Sketch of the medical history of the native army of Bombay, for the year
Year: 1875
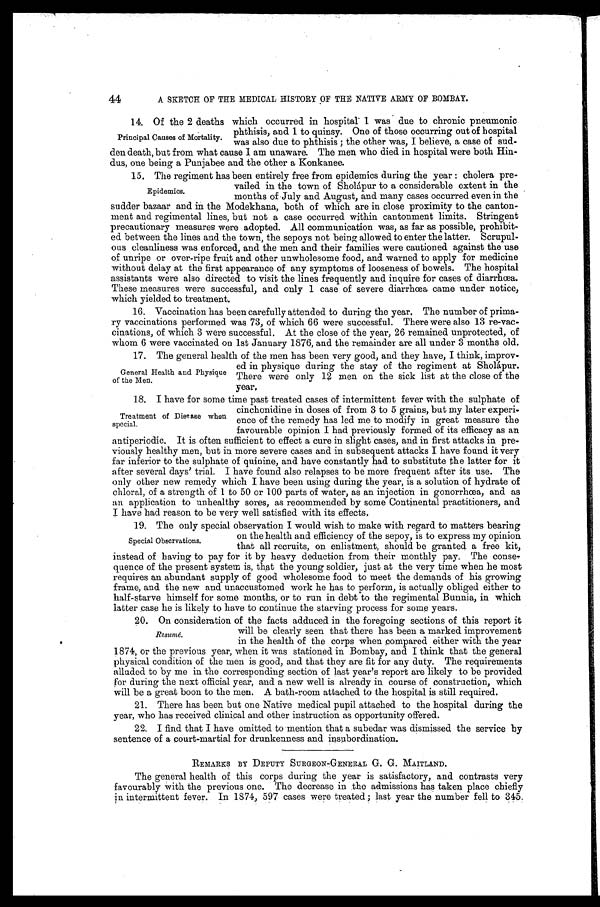
44
A SKETCH OF THE MEDICAL HISTORY OF THE NATIVE ARMY OF BOMBAY.
14. Of the 2 deaths which occurred in hospital 1 was due to chronic pneumonic.
phthisis, and 1 to quinsy. One of those occurring out of hospital
was also due to phthisis ; the other was, I believe, a case of sud
-den death, but from what cause I am unaware. The men who died in hospital were both Hin-
dus, one being a Punjabee and the other a Konkanee.
15. The regiment has been entirely free from epidemics during the year : cholera pre
-vailed in the town of Sholápur to a considerable extent in the
months of July and August, and many cases occurred even in the
sadder bazaar and in the Modekhana, both of which are in close proximity to the canton
-ment and regimental lines, but not a case occurred within cantonment limits. Stringent
precautionary measures were adopted. All communication was, as far as possible, prohibit
-ed between the lines and the town, the sepoys not being allowed to enter the latter. Scrupul-
ous cleanliness was enforced, and the men and their families were cautioned against the use
of unripe or over-ripe fruit and other unwholesome food, and warned to apply for medicine
without delay at the first appearance of any symptoms of looseness of bowels. The hospital
assistants were also directed to visit the lines frequently and inquire for cases of diarrhœa.
These measures were successful, and only 1 case of severe diarrhœa came under notice,
which yielded to treatment.
16. Vaccination has been carefully attended to during the year, The number of prima-
ry vaccinations performed was 73, of which 66 were successful. There were also 13 re-vac-
cinations, of which 3 were successful. At the close of the year, 26 remained unprotected, of
whom 6 were vaccinated on 1st January 1876, and the remainder are all under 3 months old.
17. The general health of the men has been very good, and they have, I think, improv-
ed in physique during the stay of the regiment at Sholápur.
There were only 12 men on the sick list at the close of the
year.
18. I have for some time past treated cases of intermittent fever with the sulphate of
cinchonidine in doses of from 3 to 5 grains, but my later experi
-ence of the remedy has led me to modify in great measure the
favourable opinion I had previously formed of its efficacy as an
antiperiodic. It is often sufficient to effect a cure in slight cases, and in first attacks in pre
- v i o u s l y h e a l t h y m e n , b u t i n m o r e s e v e r e c a s e s a n d i n s u b s e q u e n t a t t a c k s I h a v e f o u n d i t v e r y
far inferior to the sulphate of quinine, and have constantly had to substitute the latter for it
after several days' trial. I have found also relapses to be more frequent after its use. The
only other new remedy which I have been using during the year, is a solution of hydrate of
chloral, of a strength of 1 to 50 or 100 parts of water, as an injection in gonorrhœa, and as
an application to unhealthy sores, as recommended by some Continental practitioners, and
I have had reason to be very well satisfied with its effects.
19. The only special observation I would wish to make with regard to matters bearing
on the health and efficiency of the sepoy, is to express my opinion
that all recruits, on enlistment, should be granted a free kit,
instead of having to pay for it by heavy deduction from their monthly pay. The conse-
quence of the present system is, that the young soldier, just at the very time when he most
requires an abundant supply of good wholesome food to meet the demands of his growing
frame, and the new and unaccustomed work he has to perform, is actually obliged either to
half-starve himself for some months, or to run in debt to the regimental Bunnia, in which
latter case he is likely to have to continue the starving process for some years.
20. On consideration of the facts adduced in the foregoing sections of this report it
will be clearly seen that there has been a marked improvement
in the health of the corps when compared either with the year
1874, or the previous year, when it was stationed in Bombay, and I think that the general
physical condition of the men is good, and that they are fit for any duty. The requirements
alluded to by me in the corresponding section of last year's report are likely to be provided
or during the next official year, and a new well is already in course of construction, which
will be a great boon to the men. A bath-room attached to the hospital is still required.
21. There has been but one Native medical pupil attached to the hospital during the
year, who has received clinical and other instruction as opportunity offered.
22. I find that I have omitted to mention that a subedar was dismissed the service by
sentence of a court-martial for drunkenness and insubordination.
REMARKS BY DEPUTY SURGEON-GENERAL G. G. MAITLAND.
The general health of this corps during the year is satisfactory, and contrasts very
favourably with the previous one. The decrease in the admissions has taken place chiefly
in intermittent fever. In 1874, 597 cases were treated ; last year the number fell to 345.
Principal Causes of Mortality.
Epidemics.
General Health and Physique
of the Men.
Treatment of Disease when
special.
Special Observations.
Resumé.